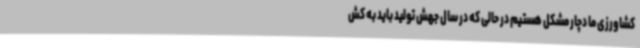
کشاورزی ما دچار مشکل هستیم در حالی که در سال جهش تولید باید به کش